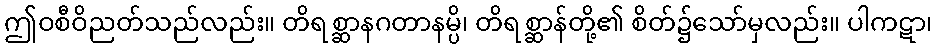
ဤဝစီဝိညတ်သည်လည်း။ တိရစ္ဆာနဂတာနမ္ပိ၊ တိရစ္ဆာန်တို့၏ စိတ်၌သော်မှလည်း။ ပါကဋာ၊